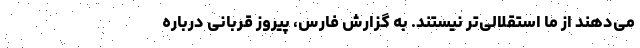
می‌دهند از ما استقلالی‌تر نیستند. به گزارش فارس، پیروز قربانی درباره